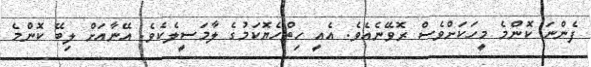
ފެންނަ ކޮންމެ މީހަކަށްވެސް ރޮވޭނެއެވެ. އެއީ ހިތްހެޔޮކަމުގެ ލާމަސީލެކެވެ. އޭނާއަށް ލިބޭ ކޮންމެ